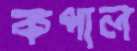
কপাল